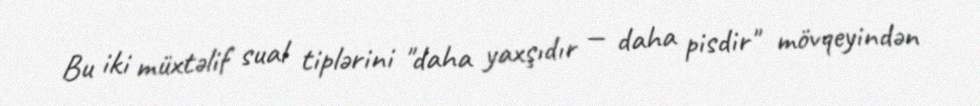
Bu iki müxtəlif sual tiplərini "daha yaxşıdır — daha pisdir" mövqeyindən